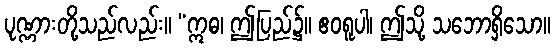
ပုဏ္ဏားတို့သည်လည်း။ “ဣဓ၊ ဤပြည်၌။ ဧဝရူပါ၊ ဤသို့ သဘောရှိသော။